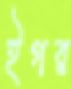
ইগর